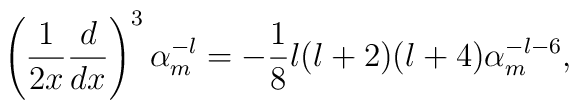
\left({1\over 2x}{d\over dx}\right)^{3}\alpha_{m}^{-l}=-{1\over 8}l(l+2)(l+4)\alpha_{m}^{-l-6},